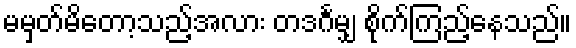
မမှတ်မိတော့သည့်အလား တဒင်္ဂမျှ စိုက်ကြည့်နေသည်။